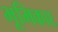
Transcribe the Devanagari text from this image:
भूमिका६